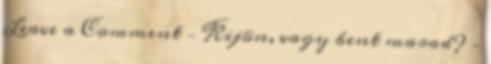
Leave a Comment – Kijön, vagy bent marad? –